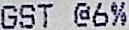
GST @6%